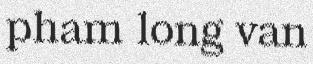
pham long van